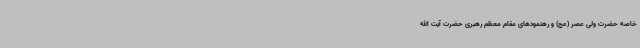
خاصه حضرت ولی عصر (عج) و رهنمودهای مقام معظم رهبری حضرت آیت الله